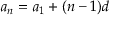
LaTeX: \ a _ { n } = a _ { 1 } + ( n - 1 ) d